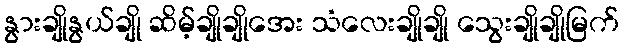
နွားချိုနွယ်ချို ဆိမ့်ချိုချိုအေး သံလေးချိုချို သွေးချိုချိုမြက်